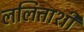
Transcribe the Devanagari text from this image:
ललिताशी